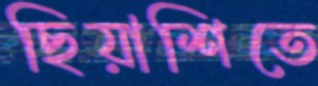
ছিয়াশিতে